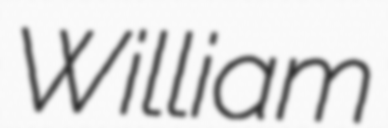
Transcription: William